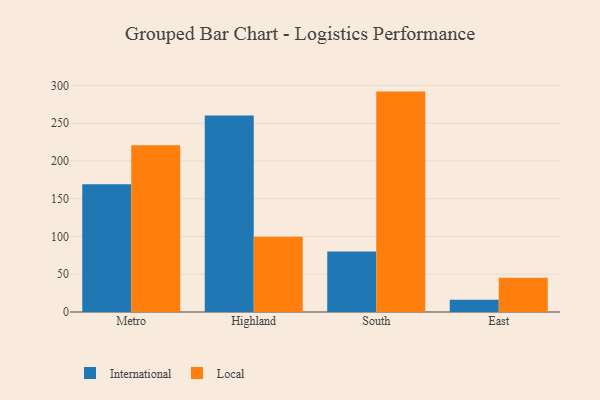
{"axis": {"x": "Region", "y": "Gross Profit (USD K)"}, "legend": ["International", "Local"], "data": [{"x": "Metro", "y": 169.3, "type": "International"}, {"x": "Metro", "y": 221.0, "type": "Local"}, {"x": "Highland", "y": 260.2, "type": "International"}, {"x": "Highland", "y": 99.8, "type": "Local"}, {"x": "South", "y": 80.1, "type": "International"}, {"x": "South", "y": 291.9, "type": "Local"}, {"x": "East", "y": 16.2, "type": "International"}, {"x": "East", "y": 45.2, "type": "Local"}]}